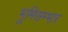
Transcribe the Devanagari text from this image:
भूमिसम्भार